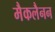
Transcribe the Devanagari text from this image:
मैकलैनन